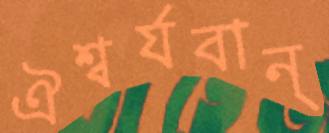
ঐশ্বর্যবান্‌